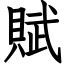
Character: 賦